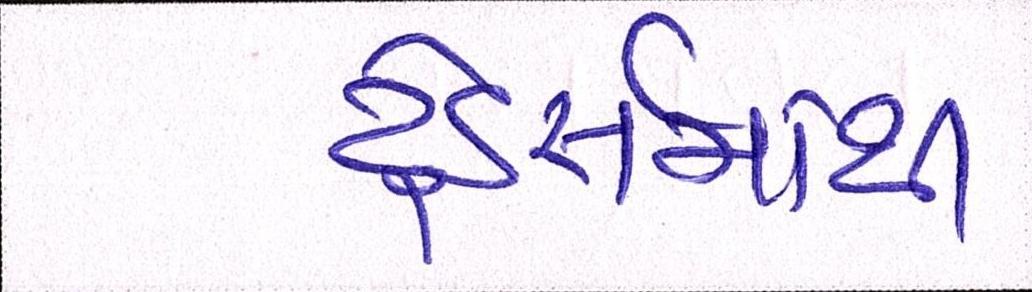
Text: ટ્રેડર્સમાંથી